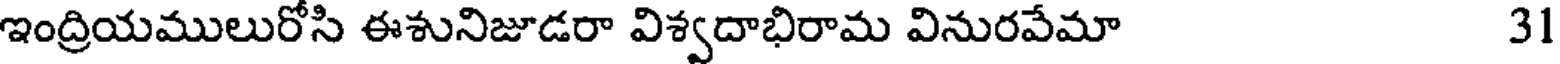
ఇంద్రియములురోసి ఈశునిజూడరా విశ్వదాభిరామ వినురవేమా 31